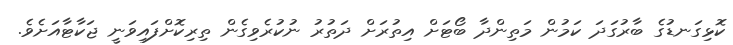
ކޮޅިގަނޑުގެ ބާރުގަދަ ކަމުން މަތިންދާ ބޯޓަށް އިތުރަށް ދަތުރު ނުކުރެވިގެން ތިރިކޮށްފައިވަނީ ޖަކާޓާއަށެވެ.